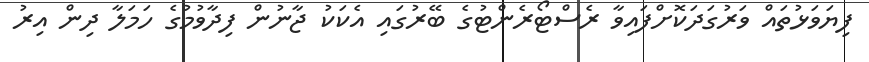
ފިޔަވަޅުތައް ވަރުގަދަކޮށްފައިވާ ރެސްޓޯރެންޓުގެ ބޭރުގައި އެކަކު ޖާނުން ފިދާވުމުގެ ހަމަލާ ދިން އިރު